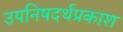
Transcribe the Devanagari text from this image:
उपनिषदर्थप्रकाश